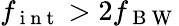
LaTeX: f_{\mathrm{~i~n~t~}}>2f_{\mathrm{~B~W~}}